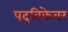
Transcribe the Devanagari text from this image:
पदविकेवर